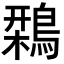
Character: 𪄃